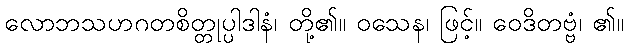
လောဘသဟဂတစိတ္တုပ္ပါဒါနံ၊ တို့၏။ ဝသေန၊ ဖြင့်။ ဝေဒိတဗ္ဗံ၊ ၏။